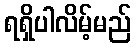
ရရှိပါလိမ့်မည်